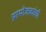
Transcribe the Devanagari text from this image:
प्रायोजकांची